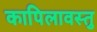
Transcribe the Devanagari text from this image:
कापिलावस्तु